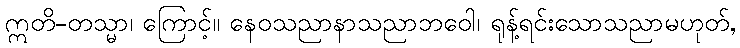
ဣတိ-တသ္မာ၊ ကြောင့်။ နေဝသညာနာသညာဘဝေါ၊ ရုန့်ရင်းသောသညာမဟုတ်,